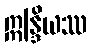
ဣန္ဒြိယဿ